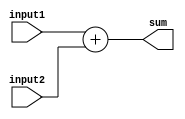
//32-bit Adder: Created by Deva

module adder32Bit(sum, input1, input2);

input [31:0] input1, input2;

output [31:0] sum;

assign sum [31:0] = {1'b0,input1} + {1'b0,input2};

endmodule